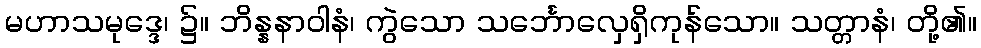
မဟာသမုဒ္ဒေ၊ ၌။ ဘိန္နနာဝါနံ၊ ကွဲသော သင်္ဘောလှေရှိကုန်သော။ သတ္တာနံ၊ တို့၏။